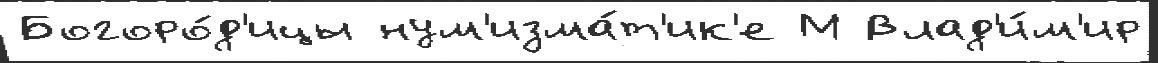
Богоро́д'ицы нум'изма́т'ик'е М Влад'и́м'ир